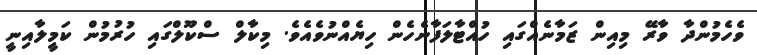
ވެހެމުންދާ ވާރޭ މިއިން ޒަމާނެއްގައި ހުއްޓާލަފާނެހެން ހިޔެއްނުވެއެވެ. މިކާލް ސްކޫލްގައި ހުރުމުން ކަމީލާއިނީ